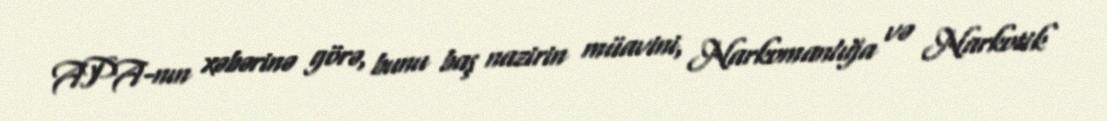
APA-nın xəbərinə görə, bunu baş nazirin müavini, Narkomanlığa və Narkotik